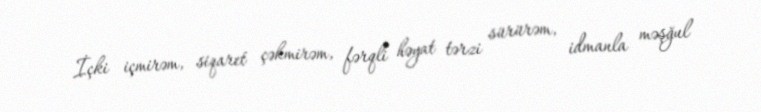
İçki içmirəm, siqaret çəkmirəm, fərqli həyat tərzi sürürəm, idmanla məşğul